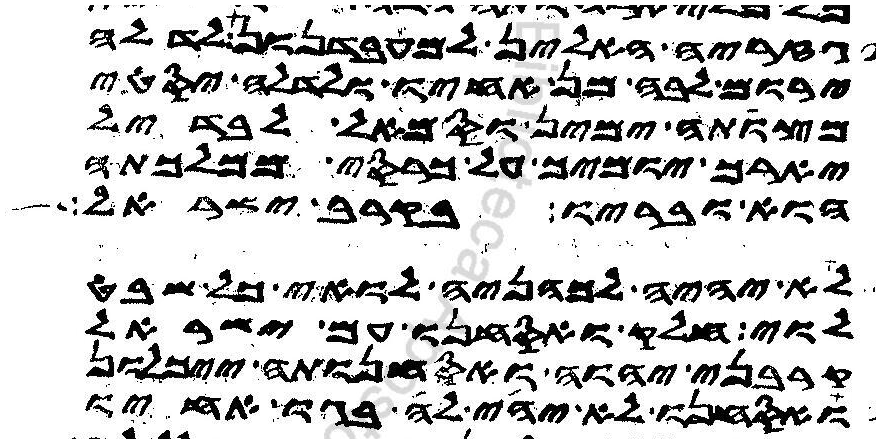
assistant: גזריה האלין למעבדנון לדלה
ירום לבה מן אחיו ולדלה יסטי
מצותה ימין וסמאל לבדיל
יארך יומים על כרסי ממלכתה
הוא ובריו בקרב ישראל
לא יהיה לכהניה לואי כל שבט
לוי חלק ואסחנו עם ישראל
קרבני יהוה ואסחנותה ייכלון
ואסחנו לא יהי לה בגו אחיו